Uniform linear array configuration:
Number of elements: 64
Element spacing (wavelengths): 0.75
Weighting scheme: binomial
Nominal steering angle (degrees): -15
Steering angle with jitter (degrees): -15.502
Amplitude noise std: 0.05
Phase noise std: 0.05

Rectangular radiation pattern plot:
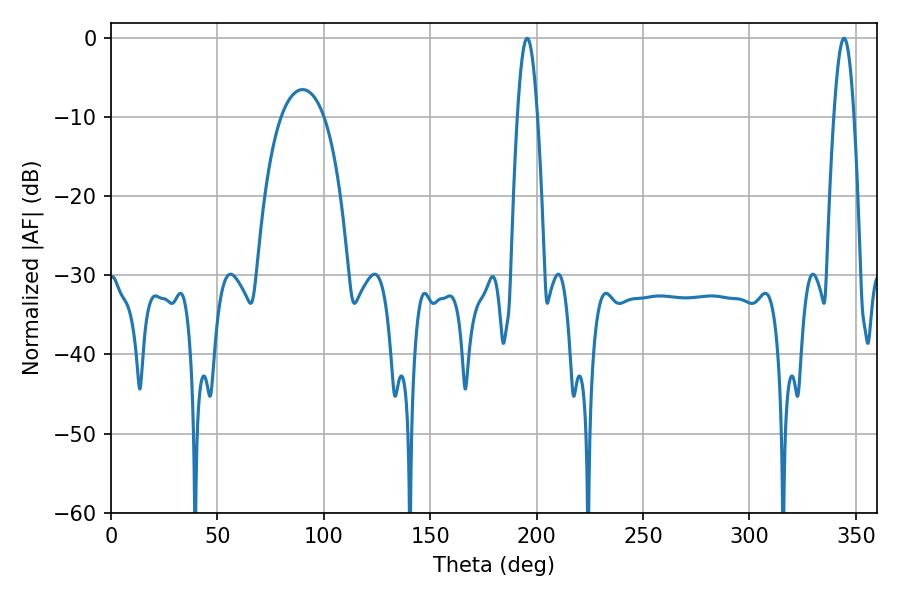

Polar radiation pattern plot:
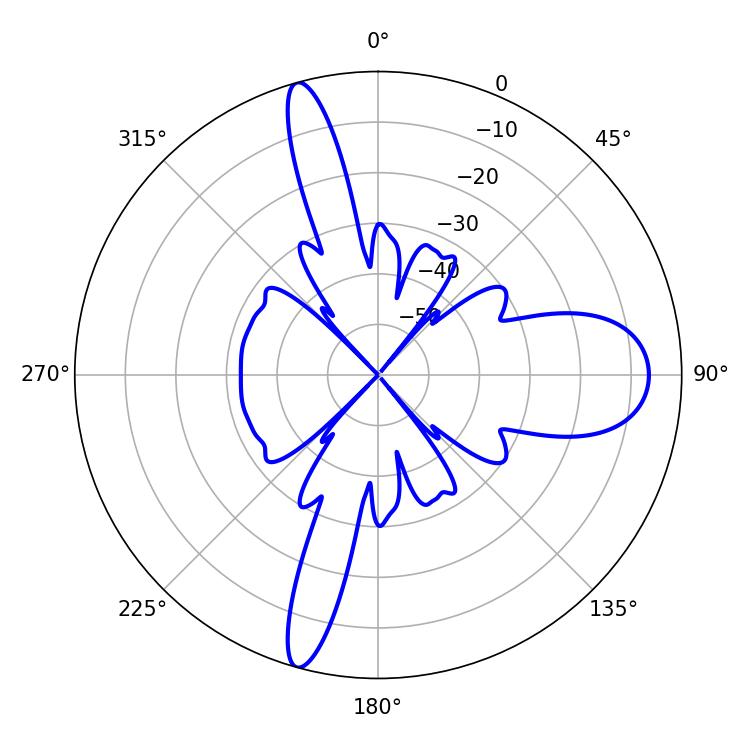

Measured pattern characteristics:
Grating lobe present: TRUE
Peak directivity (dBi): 19.49
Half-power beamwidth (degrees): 5.22
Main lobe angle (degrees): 195.48